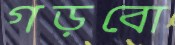
গড়বো